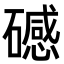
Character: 䃭